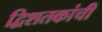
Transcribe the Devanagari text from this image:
द्विशतकांची